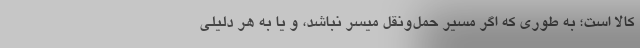
کالا است؛ به طوری که اگر مسیر حمل‌ونقل میسر نباشد، و یا به هر دلیلی